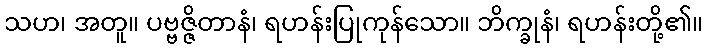
သဟ၊ အတူ။ ပဗ္ဗဇ္ဇိတာနံ၊ ရဟန်းပြုကုန်သော။ ဘိက္ခုနံ၊ ရဟန်းတို့၏။